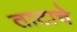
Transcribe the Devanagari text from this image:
ताटाचे